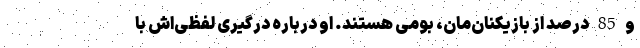
و 85 درصد از بازیکنان‌مان، بومی هستند. او درباره درگیری لفظی‌اش با